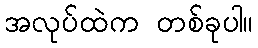
အလုပ်ထဲက တစ်ခုပါ။